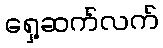
ရှေ့ဆက်လက်